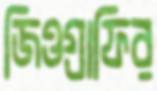
জিওগ্রাফির